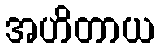
အဟိတာယ